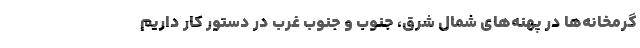
گرمخانه‌ها در پهنه‌های شمال شرق، جنوب و جنوب غرب در دستور کار داریم